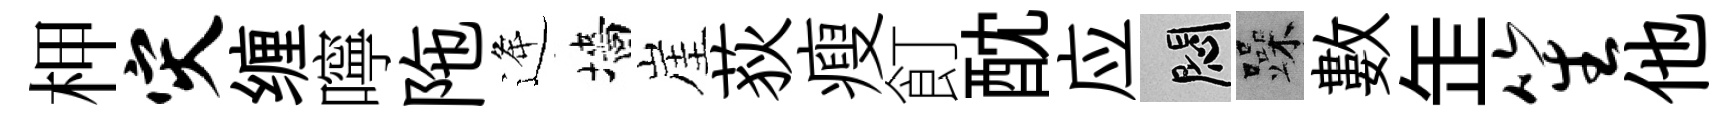
柙灾缠嚀陁逄墻崖荻瘦飣酖应悶躁數𦈢笙他